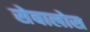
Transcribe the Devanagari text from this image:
सेबालोस